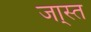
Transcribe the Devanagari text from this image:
जा्स्त